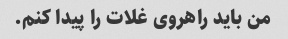
من باید راهروی غلات را پیدا کنم.